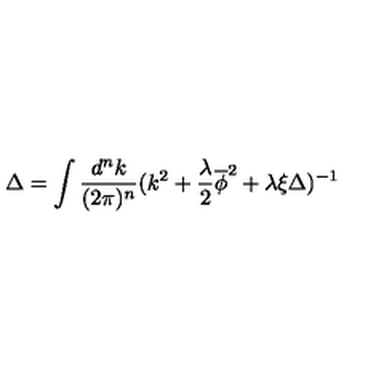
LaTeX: \Delta = \int \frac { d ^ { n } k } { ( 2 \pi ) ^ { n } } ( k ^ { 2 } + \frac { \lambda } { 2 } \overline { \phi } ^ { 2 } + \lambda \xi \Delta ) ^ { - 1 }